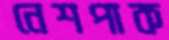
নেশপাক